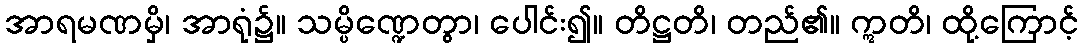
အာရမဏမှိ၊ အာရုံ၌။ သမ္ပိဏ္ဍေတွာ၊ ပေါင်း၍။ တိဋ္ဌတိ၊ တည်၏။ ဣတိ၊ ထို့ကြောင့်